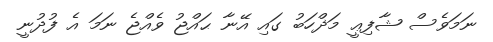
ނަމަވެސް ޝާފިޢީ މަޛްހަބު ގައި އޭނާ ޙައްޖު ވެއްޖެ ނަމަ އެ ފުދުނީ